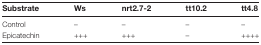
| Substrate | Ws | nrt2.7-2 | tt10.2 | tt4.8 |
 | --- | --- | --- | --- | --- |
 | Control | – | – | – | – |
 | Epicatechin | +++ | +++ | – | ++++ |